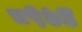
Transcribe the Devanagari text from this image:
८९७४